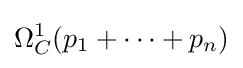
\Omega _{C}^{1}(p_{1}+\cdots +p_{n})